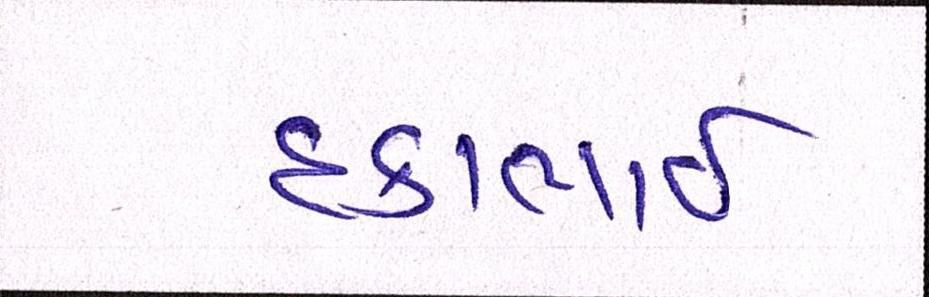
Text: દકાભાઈ